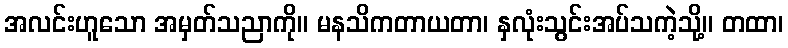
အလင်းဟူသော အမှတ်သညာကို။ မနသိကတာယတာ၊ နှလုံးသွင်းအပ်သကဲ့သို့။ တထာ၊